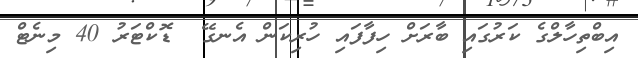
އިބްތިހާލްގެ ކަރުގައި ބާރަށް ހިފާފައި ހުރިކަން އެނގޭ  ޑޮކްޓަރު 40 މިނެޓް